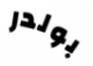
بولدر